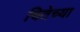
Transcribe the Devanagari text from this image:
चितेच्या